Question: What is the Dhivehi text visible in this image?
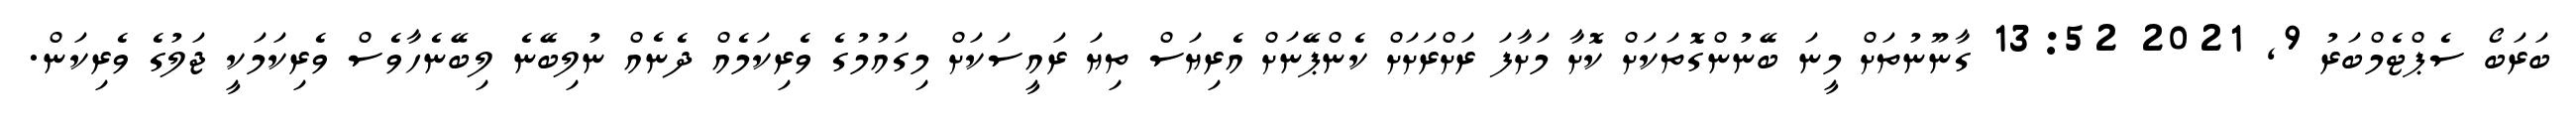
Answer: ބަރަބޯ ސެޕްޓެމްބަރު 9, 2021 13:52 ގާނޫނުތަށް މީނަ ބޭނުންގޮތަކަށް ކޮށާ މަށާފަ ރަށްރަށަށް ކެންޕޭނަށް އެރިޔަސް ތިޔަ ރައީސަކަށް މިގައުމުގެ ވެރިކަމެއް ދެނެއް ނުލިބޭނެ ލިބޭނެހާވެސް ވެރިކަމަކީ ޖަލުގެ ވެރިކަން.